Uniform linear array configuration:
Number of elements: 64
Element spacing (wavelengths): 0.25
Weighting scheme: kaiser
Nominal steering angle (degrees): -15
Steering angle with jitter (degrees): -15.468
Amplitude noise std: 0.05
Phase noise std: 0.05

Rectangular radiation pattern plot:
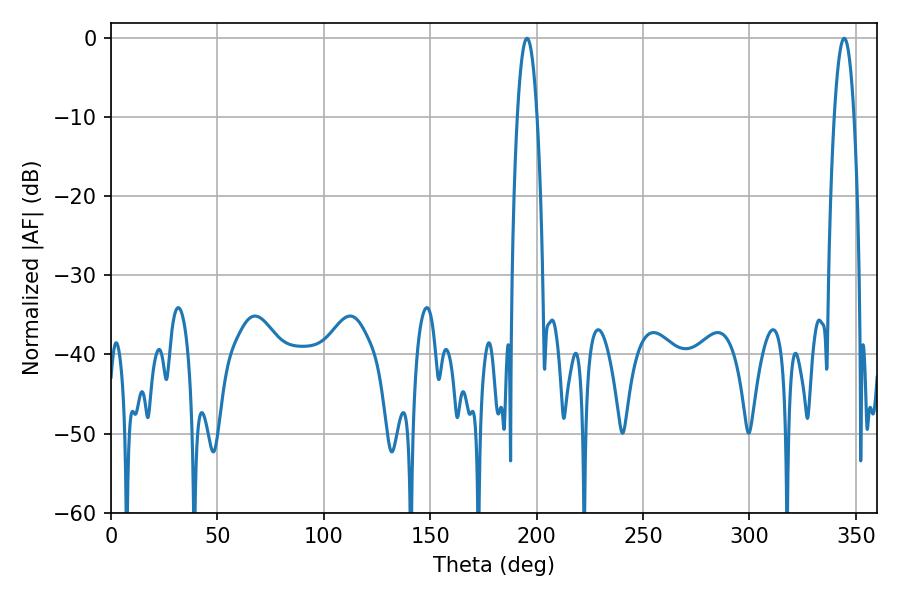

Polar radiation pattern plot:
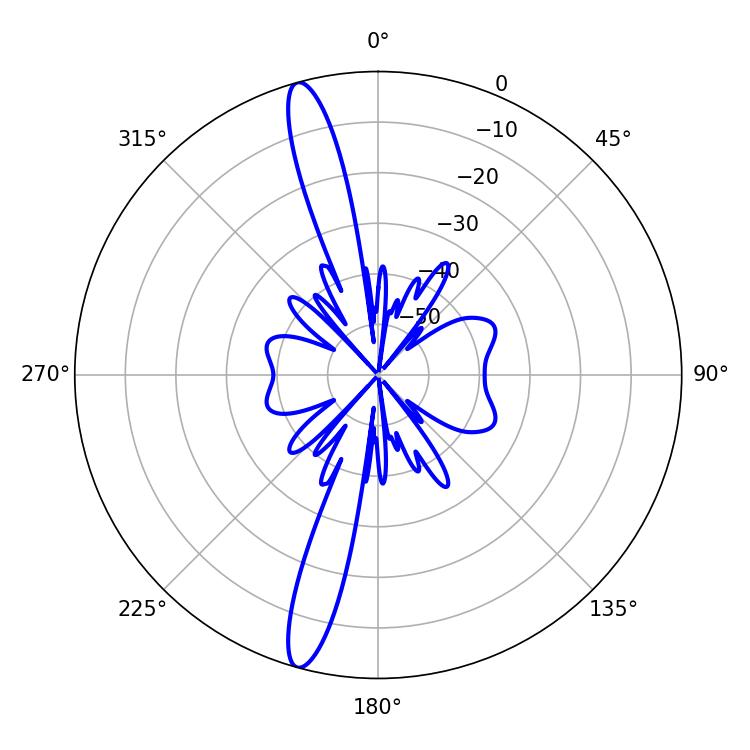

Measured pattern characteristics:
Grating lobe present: FALSE
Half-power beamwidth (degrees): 5.04
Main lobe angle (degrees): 195.48